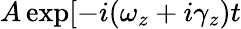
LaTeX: A\exp[-i(\omega_{z}+i\gamma_{z})t